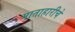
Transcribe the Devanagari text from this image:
माताहारीचे